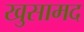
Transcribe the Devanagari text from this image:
खुसामद